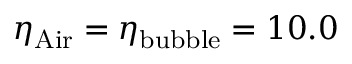
\eta _ { \mathrm { { A i r } } } = \eta _ { \mathrm { { b u b b l e } } } = 1 0 . 0